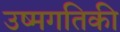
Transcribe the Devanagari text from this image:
उष्मगतिकी